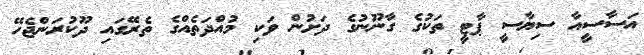
އަސާސީއާ ސިޔާސީ ޕާޓީ ތަކުގެ ގާނޫނުގެ ދަށުން ވަކި މުއްދަތެއްގެ ތެރޭގައި ދޫކުރަންޖެހޭ